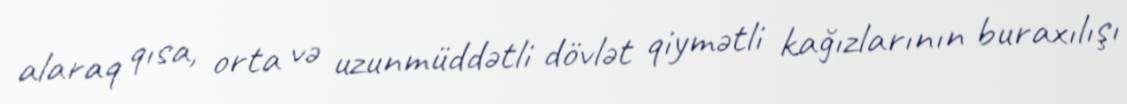
alaraq qısa, orta və uzunmüddətli dövlət qiymətli kağızlarının buraxılışı